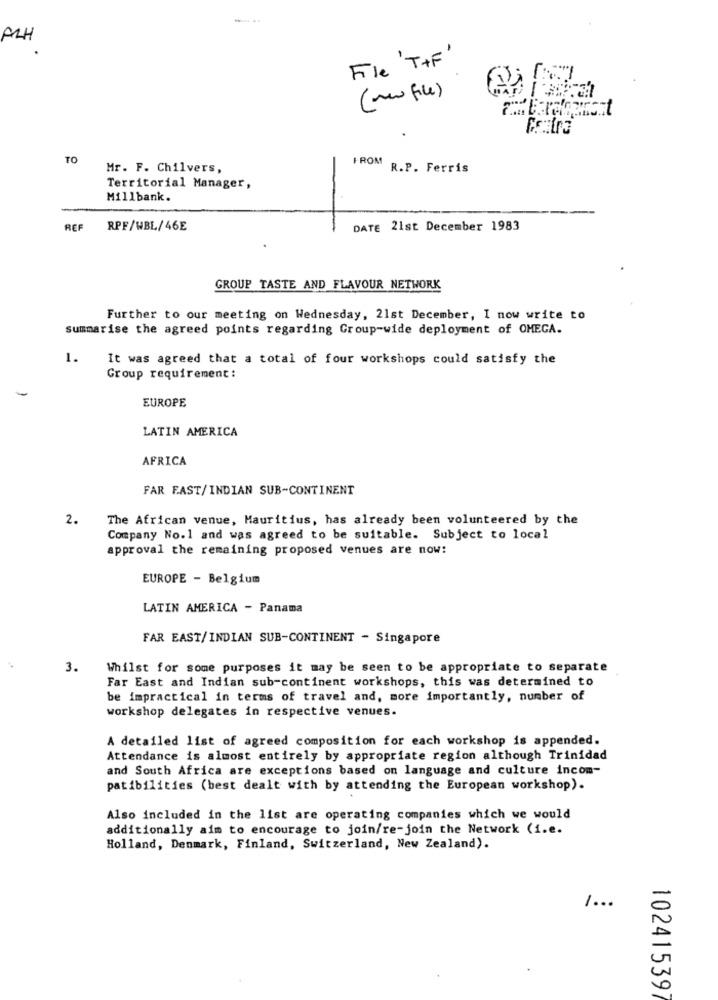
ALH
File ' T+ F'
(new file)
TO
FROM
Mr. F. Chilvers,
R.P. Ferris
Territorial Manager,
Millbank.
REF
RPF/WBL/46E
DATE 21st December 1983
GROUP TASTE AND FLAVOUR NETWORK
Further to our meeting on Wednesday, 21st December, I now write to
summarise the agreed points regarding Group-wide deployment of OMEGA.
1.
It was agreed that a total of four workshops could satisfy the
Group requirement :
EUROPE
LATIN AMERICA
AFRICA
FAR FAST/INDIAN SUB-CONTINENT
2.
The African venue, Mauritius, has already been volunteered by the
Company No.1 and was agreed to be suitable. Subject to local
approval the remaining proposed venues are now:
EUROPE - Belgium
LATIN AMERICA - Panama
FAR EAST/INDIAN SUB-CONTINENT - Singapore
3.
Whilst for some purposes it may be seen to be appropriate to separate
Far East and Indian sub-continent workshops, this was determined to
be impractical in terms of travel and, more importantly, number of
workshop delegates in respective venues.
A detailed list of agreed composition for each workshop is appended.
Attendance is almost entirely by appropriate region although Trinidad
and South Africa are exceptions based on language and culture incom-
patibilities (best dealt with by attending the European workshop).
Also included in the list are operating companies which we would
additionally aim to encourage to join/re-join the Network (i.e.
Holland, Denmark, Finland, Switzerland, New Zealand).
1 ...
102415397